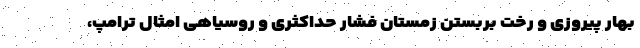
بهار پیروزی و رخت بربستن زمستان فشار حداکثری و روسیاهی امثال ترامپ،